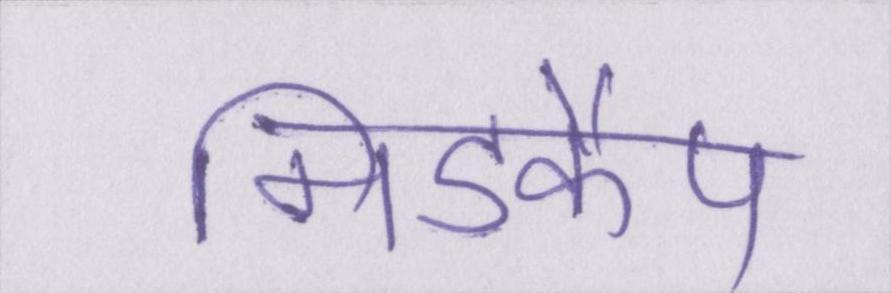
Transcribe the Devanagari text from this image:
मिडकैप